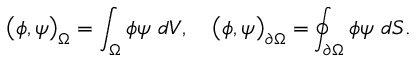
\big ( \phi , \psi \big ) _ { \Omega } = \int _ { \Omega } \phi \psi \ d V , \quad \big ( \phi , \psi \big ) _ { \partial \Omega } = \oint _ { \partial \Omega } \phi \psi \ d S .